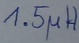
Text: 1.5µH